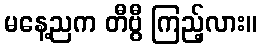
မနေ့ညက တီဗွီ ကြည့်လား။